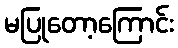
မပြုတော့ကြောင်း